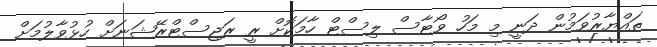
ތައްޔާރުވަމުން ދަނީ މި މަހު ވޯޓާސް ލިސްޓް ހާމަކޮށް ރީ ރަޖިސްޓްރޭޝަނަށް ހުޅުވާލުމަށް